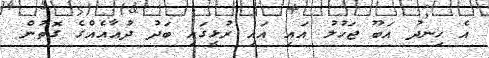
އެ ހިނދު އަބޫ ޖަހުލު އައި އައި ރުޅީގައި ބަދު ދުޢާއެއްގެ ގޮތުން